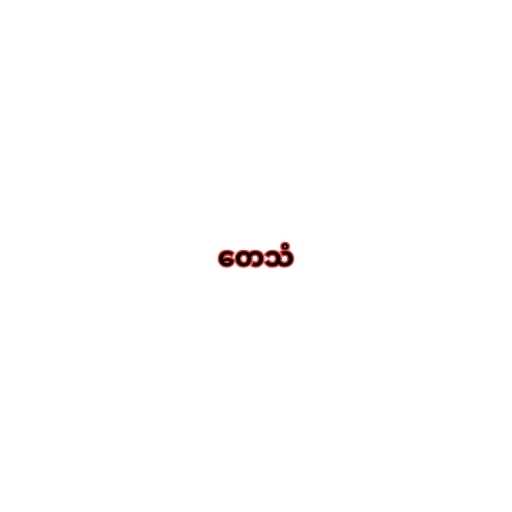
တေသံ